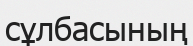
сұлбасының